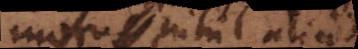
motus nihil aliud